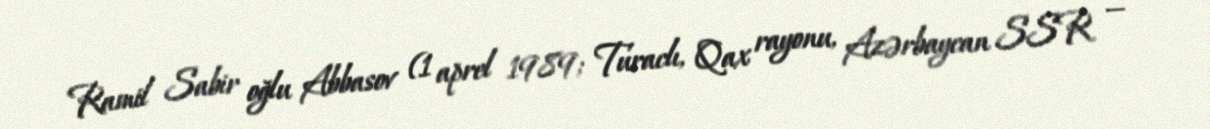
Ramil Sabir oğlu Abbasov (1 aprel 1989; Turaclı, Qax rayonu, Azərbaycan SSR —